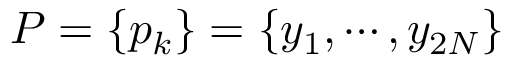
P = \{ p _ { k } \} = \{ y _ { 1 } , \cdots , y _ { 2 N } \}